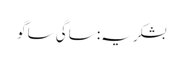
بشکریہ: ساگی ساگو